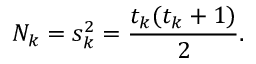
N _ { k } = s _ { k } ^ { 2 } = { \frac { t _ { k } ( t _ { k } + 1 ) } { 2 } } .